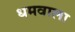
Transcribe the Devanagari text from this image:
धमवाला